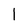
Character: 1